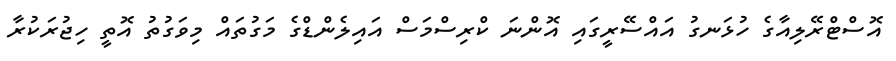
އޮސްޓްރޭލިއާގެ ހުޅަނގު އައްސޭރީގައި އޮންނަ ކްރިސްމަސް އައިލެންޑްގެ މަގުތައް މިވަގުތު އޮތީ ހިޖުރަކުރާ